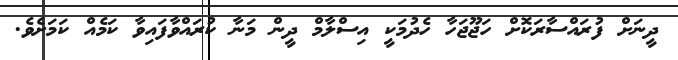
ދީނަށް ފުރައްސާރަކޮށް ހަޖޫޖަހާ ހެދުމަކީ އިސްލާމް ދީން މަނާ ކުރައްވާފައިވާ ކަމެއް ކަމަށެވެ.